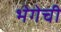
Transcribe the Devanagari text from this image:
भेगेची